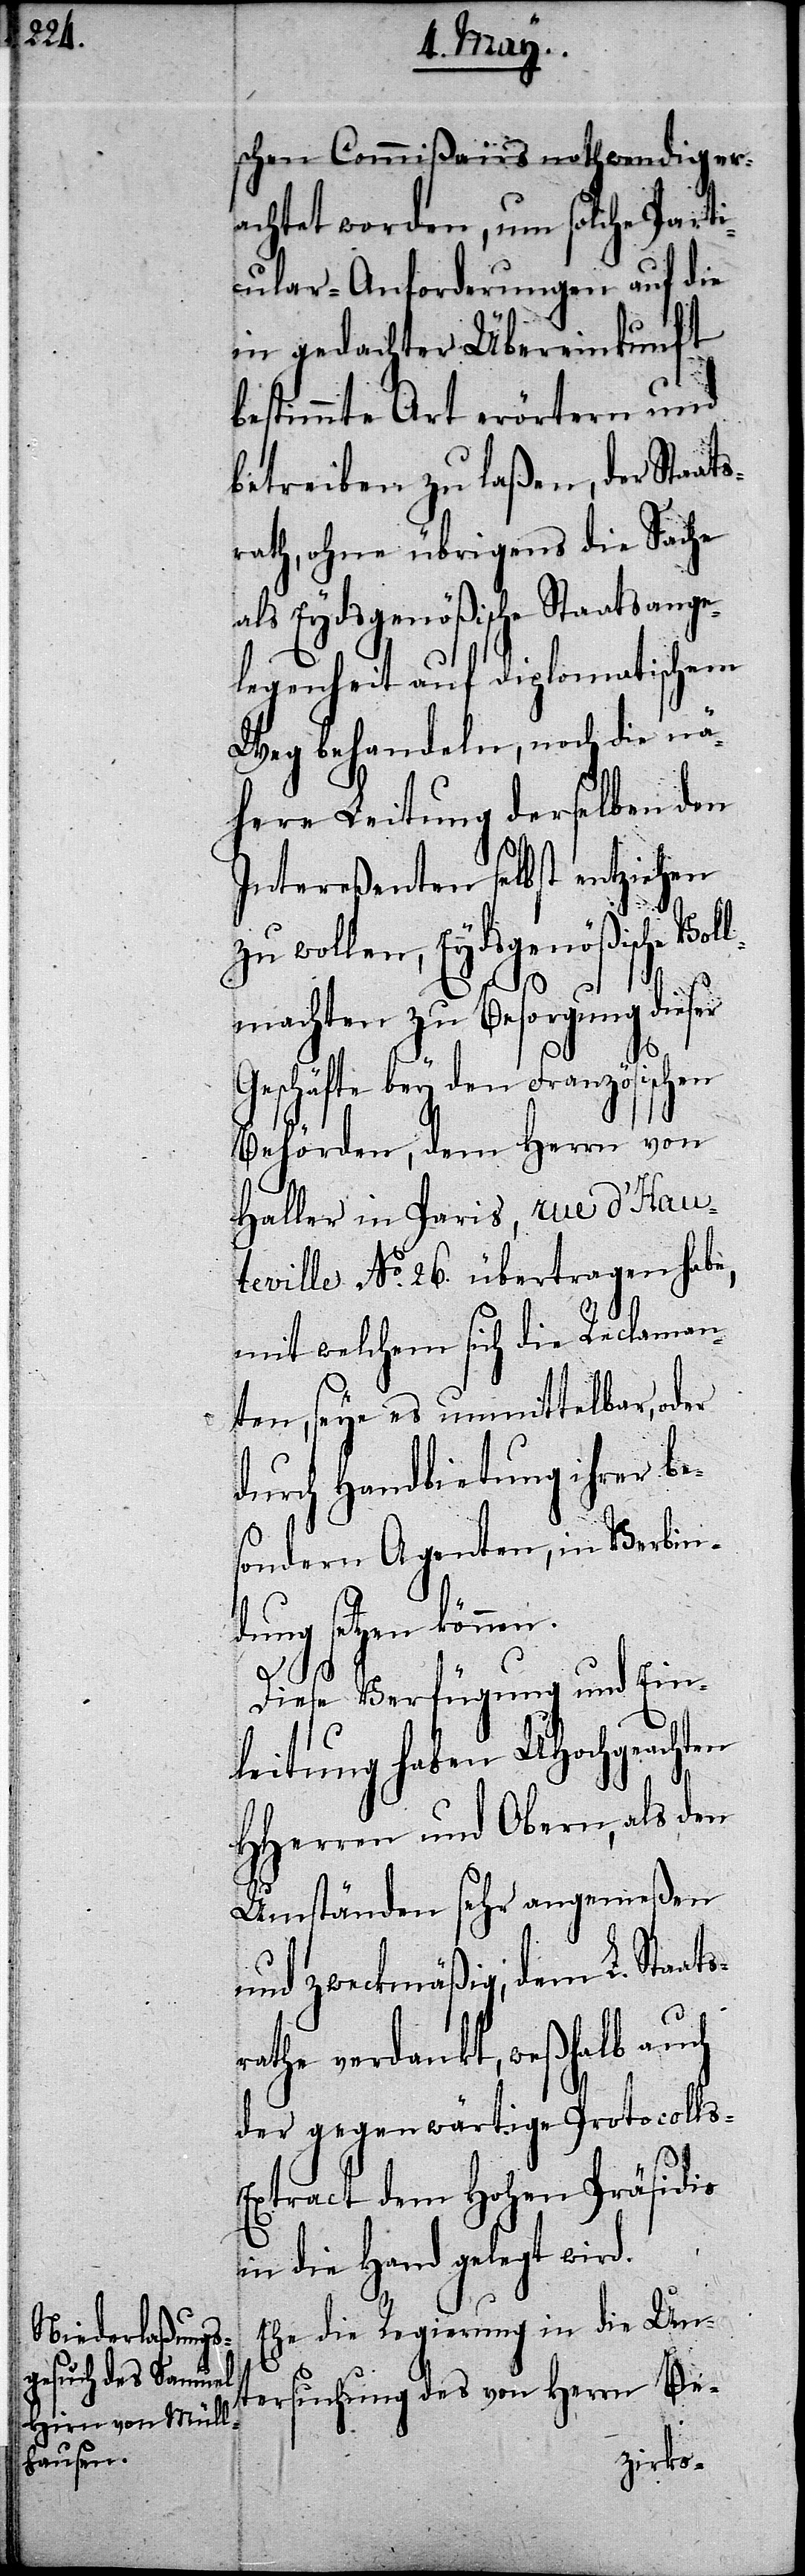
schen Commißairs nothwendig er¬
achtet worden, um solche Part¬
icular-Anforderungen auf die
in gedachter Übereinkunft
bestimmte Art erörtern und
betreiben zu laßen, der Staat¬
rath, ohne übrigens die Sache
Eydsgenößische Staatsa¬
elegenheit auf diplomatischem
Weg behandeln, noch die nä¬
here Leitung derselben den
Intereßenten selbst entziehen
zu wollen, Eydsgenößische Vol¬
lmachten zu Besorgung dieser
Geschäfte bey den Französischen
Behörden, dem Herrn von
Haller in Paris, rue d’Hau¬
teville No. 26. übertragen habe,
mit welchem sich die Reclaman¬
ten, seye es unmittelbar, oder
durch Handbietung ihrer be¬
s-E¬
sondern Agenten, in Verbin¬
dung setzen können.
d.
Diese Verfügung und Ein¬
leitung haben UHochgeachten
HHerren und Obern, als den
Umständen sehr angemeßen
und zweckmäßig, dem L. Staat¬
rathe verdankt, weßhalb auch
der gegenwärtige Protocoll¬
xtract dem Hohen Präsidio
in die Hand gelegt wir¬
Ehe die Regierung in die Un¬
tersuchung des von Herrn Be-